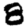
Digit: 8